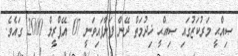
ޞިއްޙީ މަރުކަޒުގައި ޞިއްޙީ ޚިދުމަތް ދޭން ފަށާފައިވަނީ 07 އޭޕްރީލް 2000 ގައެވެ.